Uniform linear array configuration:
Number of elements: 12
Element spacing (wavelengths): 0.5
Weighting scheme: binomial
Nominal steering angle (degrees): -60
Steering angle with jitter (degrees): -58.967
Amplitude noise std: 0.05
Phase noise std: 0.05

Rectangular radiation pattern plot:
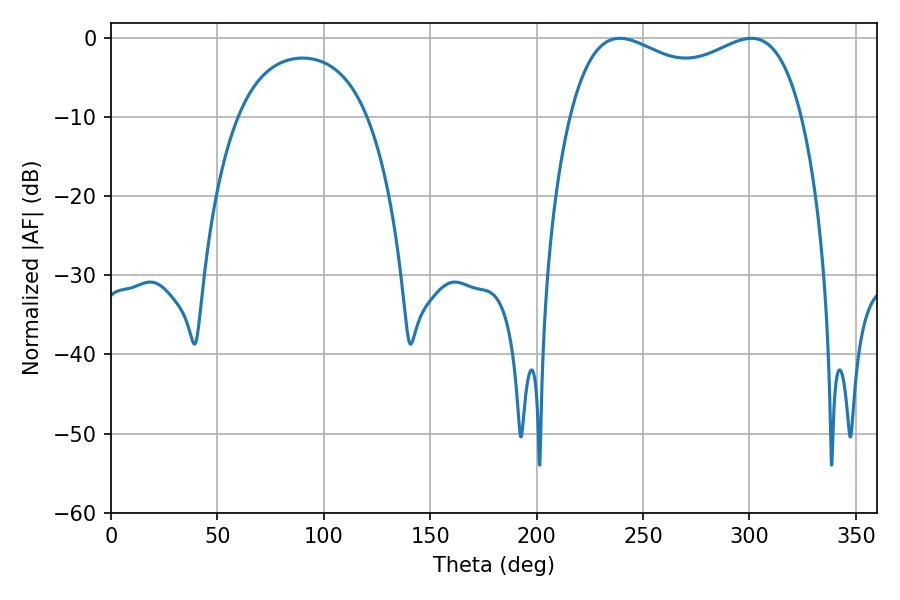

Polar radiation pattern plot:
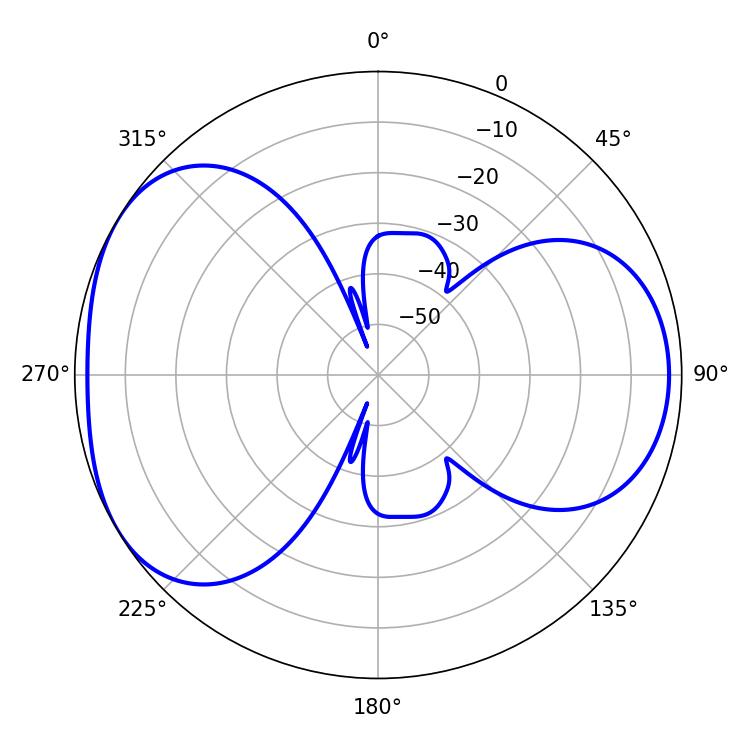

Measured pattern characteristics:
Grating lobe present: FALSE
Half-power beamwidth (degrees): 90.36
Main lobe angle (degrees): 239.04